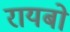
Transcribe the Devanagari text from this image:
रायबो